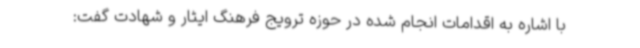
با اشاره به اقدامات انجام شده در حوزه ترویج فرهنگ ایثار و شهادت گفت: